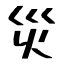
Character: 災